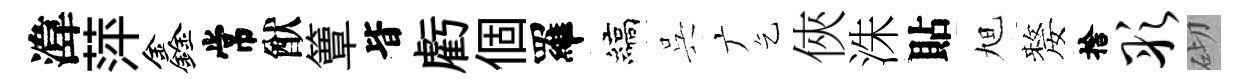
湋萍鑫常猷簟𣅜虧個羅縞呉广乞俠洙貼旭嫠捨彤砌